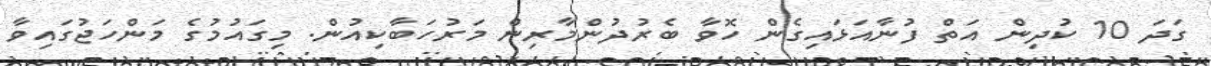
ގަދަ 10 ކުދިން އަތް ފުނާއަޅައިގެން ހޮވާ ބެރުދުންމާރިން މަރުހަބާކިއުން. މިގައުމުގެ މަންހަޖުގައިވާ